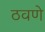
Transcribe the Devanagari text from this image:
ठवणे